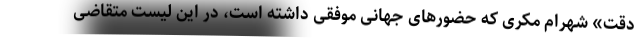
دقت» شهرام مکری که حضورهای جهانی موفقی داشته است، در این لیست متقاضی